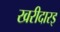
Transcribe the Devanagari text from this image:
खरीदारइ